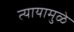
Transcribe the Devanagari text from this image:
त्यायामुळे